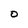
Character: D